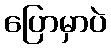
ပြောမှာပဲ